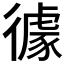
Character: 𱝹